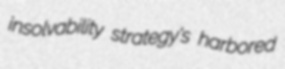
insolvability strategy's harbored